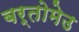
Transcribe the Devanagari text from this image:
बर्तोमेउ